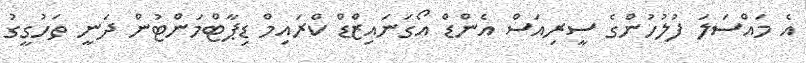
އެ މައްސަލަ ފުލުހުންގެ ސީރިއަސް އެންޑް އޯގަނައިޒްޑް ކްރައިމް ޑިޕާޓްމަަންޓުން ދަނީ ތަހުގީގު